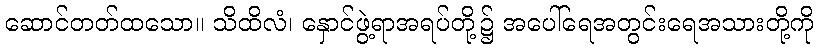
ဆောင်တတ်ထသော။ သိထိလံ၊ နှောင်ဖွဲ့ရာအရပ်တို့၌ အပေါ်ရေအတွင်းရေအသားတို့ကို